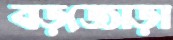
বড়জোড়া